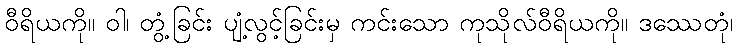
ဝီရိယကို။ ဝါ၊ တွံ့ခြင်း ပျံ့လွင့်ခြင်းမှ ကင်းသော ကုသိုလ်ဝီရိယကို။ ဒဿေတုံ၊